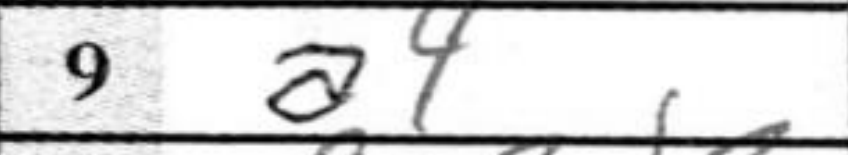
Transcription: a4